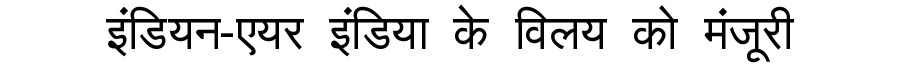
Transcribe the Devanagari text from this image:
इंडियन-एयर इंडिया के विलय को मंजूरी